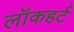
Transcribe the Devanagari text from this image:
लॉकहर्ट